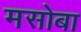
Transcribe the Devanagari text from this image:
मसोबा